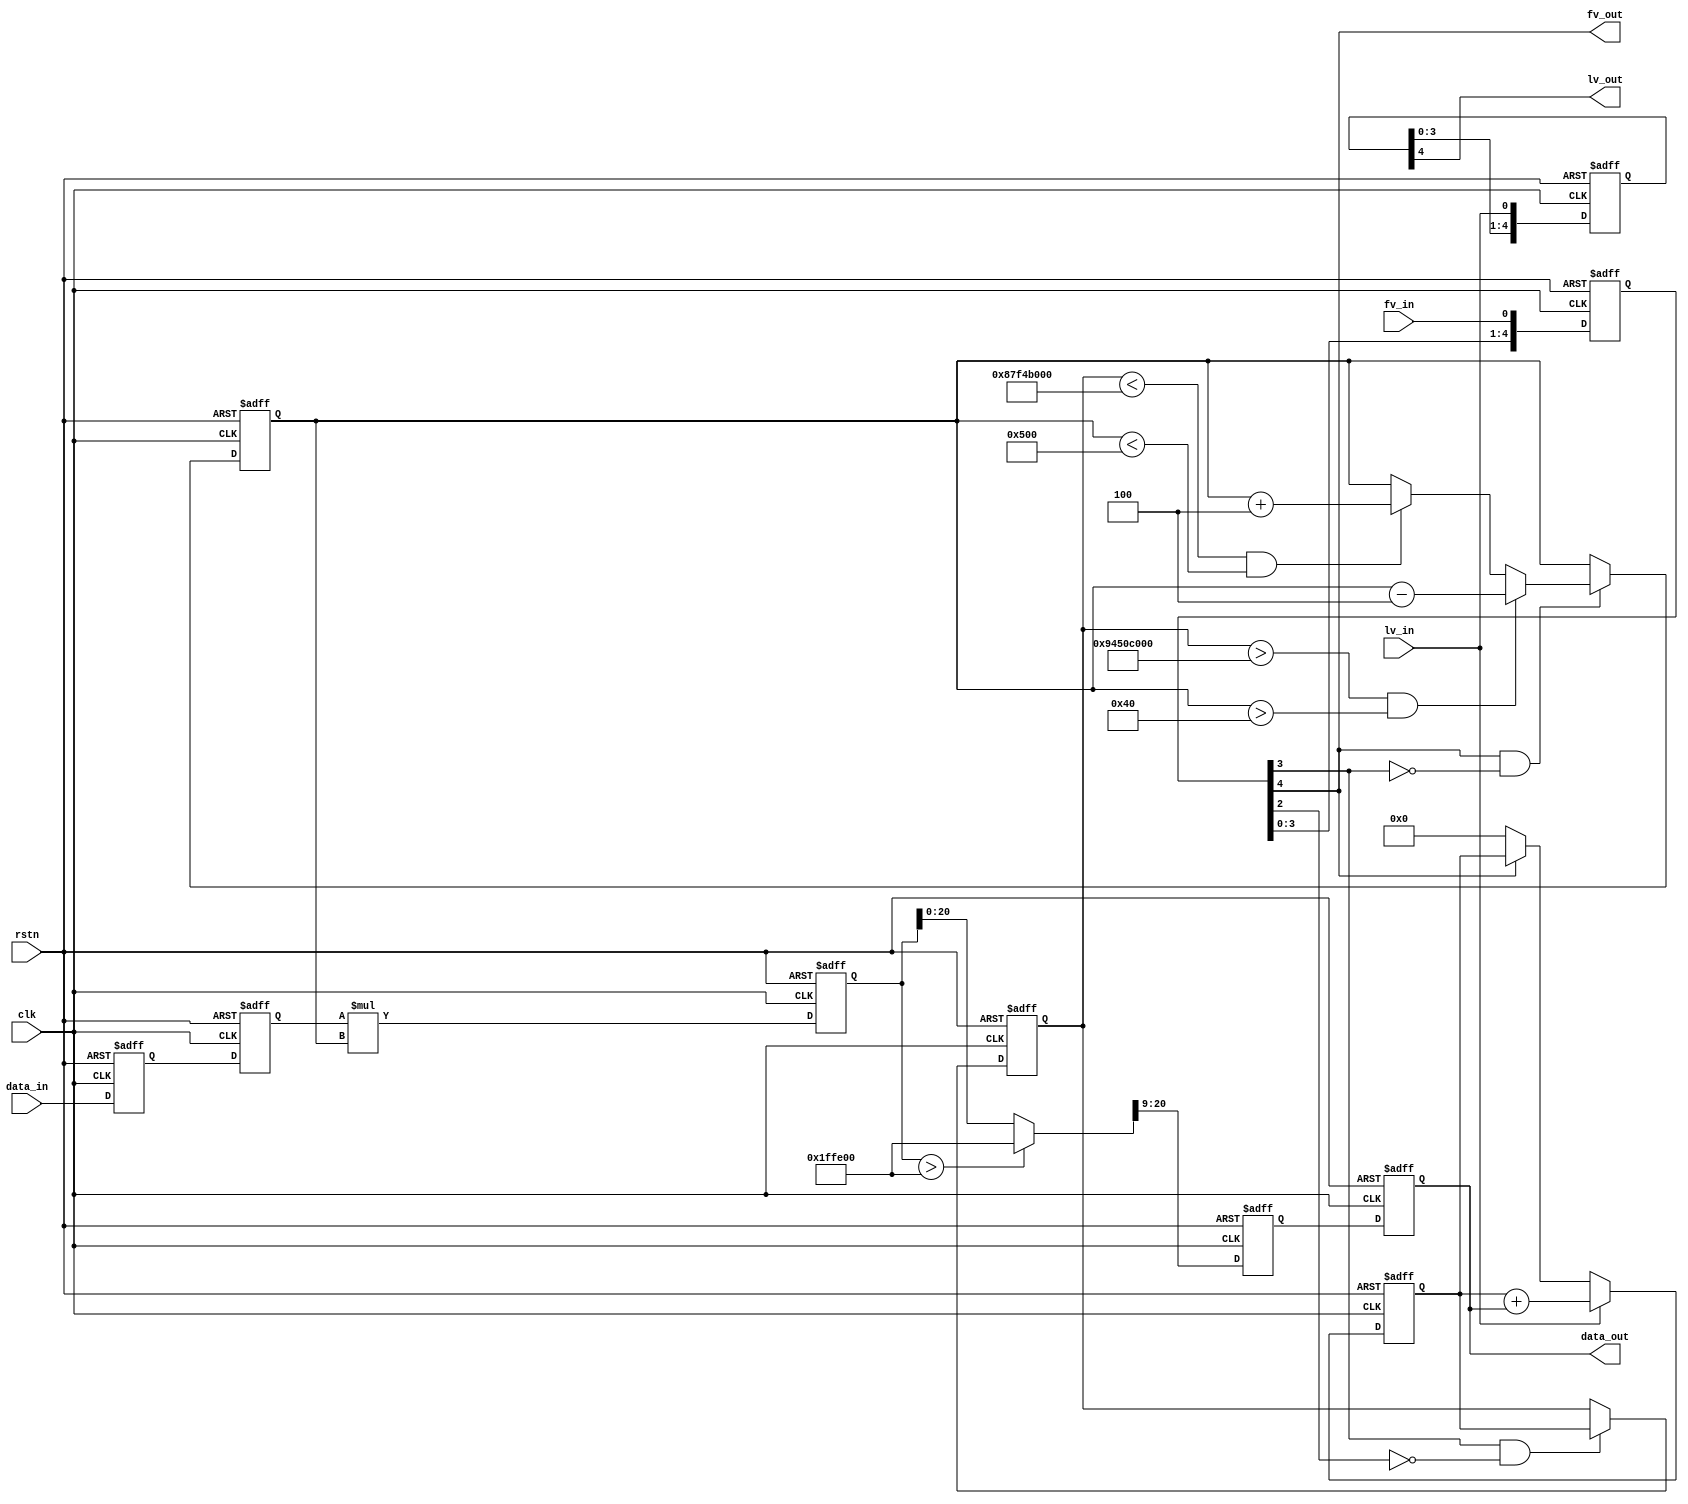
//   ==================================================================
//   >>>>>>>>>>>>>>>>>>>>>>> COPYRIGHT NOTICE <<<<<<<<<<<<<<<<<<<<<<<<<
//   ------------------------------------------------------------------
//   Copyright (c) 2017 by Lattice Semiconductor Corporation
//   ALL RIGHTS RESERVED 
//   ------------------------------------------------------------------
//
//   Permission:
//
//      Lattice SG Pte. Ltd. grants permission to use this code
//      pursuant to the terms of the Lattice Reference Design License Agreement. 
//
//
//   Disclaimer:
//
//      This VHDL or Verilog source code is intended as a design reference
//      which illustrates how these types of functions can be implemented.
//      It is the user's responsibility to verify their design for
//      consistency and functionality through the use of formal
//      verification methods.  Lattice provides no warranty
//      regarding the use or functionality of this code.
//
//   --------------------------------------------------------------------
//
//                  Lattice SG Pte. Ltd.
//                  101 Thomson Road, United Square #07-02 
//                  Singapore 307591
//
//                  web: http://www.latticesemi.com/
//
//   --------------------------------------------------------------------
//
module ab #(
	parameter horizontal = 'd1920,
	parameter vertical   = 'd1080,
// 12-bit average
    parameter UPPER      = 'd1200,
    parameter LOWER      = 'd1100,
	parameter max_Gain   = 13'h500,
	parameter min_Gain   = 13'h040,
    parameter ADJUST     = 'h004     
)(
    input rstn          ,
    input clk           ,
    input [11:0] data_in,
    input        fv_in  ,
    input        lv_in  ,

    output reg [11:0] data_out,
    output            fv_out,
    output            lv_out
    );

reg [11:0] q_data_in;
reg [11:0] q_data_gain;
reg [24:0] q_data_gain_clip;
reg [24:0] q_data_gain_shift;
reg [4:0]  fv_dly, lv_dly;

reg [35:0] lumination_calc, lumination;

always @(posedge clk or negedge rstn) 
	if(!rstn) begin
		lumination_calc <= 0;
	end
	else if (lv_in == 1) begin
		lumination_calc <= lumination_calc + data_out;
	end	
	else if (fv_dly[4] == 0) begin
		lumination_calc <= 0;
	end 

	
always @(posedge clk or negedge rstn) 
	if(!rstn) begin
		lumination <= 0;
	end	
	else if(fv_dly[3] && !fv_dly[2]) begin
		lumination <= lumination_calc;	
	end
	
reg[12:0] Gain;

always @(posedge clk or negedge rstn) 
	if(!rstn) begin
		Gain <= 0;
	end	
	else if(fv_dly[4] && !fv_dly[3]) begin
		if ((lumination > (horizontal * vertical * UPPER)) && (Gain > min_Gain))
			Gain <= Gain - ADJUST;
		else if ((lumination < (horizontal * vertical * LOWER)) && (Gain < max_Gain))
			Gain <= Gain + ADJUST;			
	end

//inital register set for inputs
always @(posedge clk or negedge rstn)
begin 
     if(~rstn) begin
        q_data_in    <= 0      ;
     end
     else      begin
        q_data_in    <= data_in; 
     end  
end

//offset + clip  
always @(posedge clk or negedge rstn) 
begin
     if(~rstn) begin
		q_data_gain    <= 0 ; 
     end
     else begin
        q_data_gain    <= 	q_data_in;
     end       
end

always @(posedge clk or negedge rstn)
begin 
     if(~rstn) begin
        q_data_gain_clip    <= 0; 
     end
     else begin
        q_data_gain_clip    <= q_data_gain * Gain;
	end  
end

// Clippling at 12'hfff << 9
wire [24:0] data_gain_clip;
assign data_gain_clip = (q_data_gain_clip > 25'h1FFE00) ? 25'h1FFE00 : q_data_gain_clip; 

// data shifting
always@(posedge clk or negedge rstn)
begin
	if(~rstn) begin
		q_data_gain_shift <= 0;
	end
	else begin
		q_data_gain_shift <= (data_gain_clip >> 9);
	end
end
     
// clip
always@(posedge clk or negedge rstn)
begin
	if(~rstn)
		data_out <= 0;
	else
		data_out <= q_data_gain_shift;

end

//delay fv and lv appropriately
always @(posedge clk or negedge rstn) 
begin
     if(~rstn) begin
        fv_dly     <= 0; lv_dly    <= 0;
     end
     else      begin
        fv_dly[4:0]    <= {fv_dly[3:0], fv_in};
		lv_dly[4:0]    <= {lv_dly[3:0], lv_in};
     end
end
     
assign fv_out = fv_dly[4];
assign lv_out = lv_dly[4];
     
     
endmodule